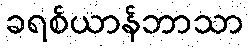
ခရစ်ယာန်ဘာသာ